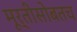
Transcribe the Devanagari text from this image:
मूर्तीसोबतच